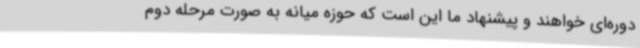
دوره‌ای خواهند و پیشنهاد ما این است که حوزه میانه به صورت مرحله دوم